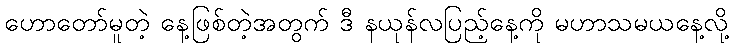
ဟောတော်မူတဲ့ နေ့ဖြစ်တဲ့အတွက် ဒီ နယုန်လပြည့်နေ့ကို မဟာသမယနေ့လို့